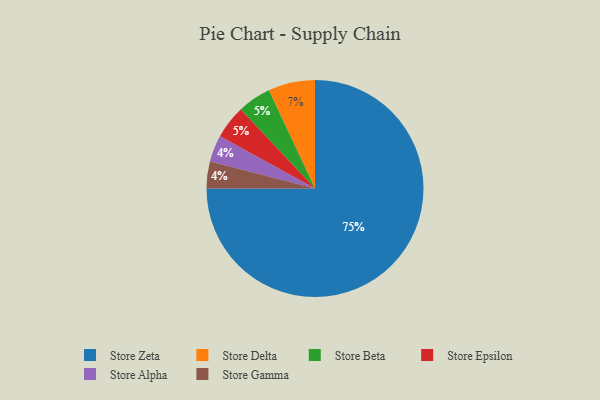
{"axis": {"x": "Category", "y": "Percentage"}, "legend": ["Store Alpha", "Store Beta", "Store Delta", "Store Epsilon", "Store Gamma", "Store Zeta"], "data": [{"x": "Store Zeta", "y": 75, "type": "Store Zeta"}, {"x": "Store Beta", "y": 5, "type": "Store Beta"}, {"x": "Store Alpha", "y": 4, "type": "Store Alpha"}, {"x": "Store Delta", "y": 7, "type": "Store Delta"}, {"x": "Store Epsilon", "y": 5, "type": "Store Epsilon"}, {"x": "Store Gamma", "y": 4, "type": "Store Gamma"}]}